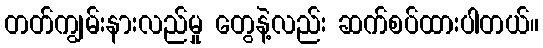
တတ်ကျွမ်းနားလည်မှု တွေနဲ့လည်း ဆက်စပ်ထားပါတယ်။